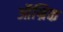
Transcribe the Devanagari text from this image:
ऑन्रिक